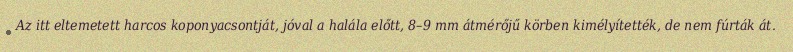
Az itt eltemetett harcos koponyacsontját, jóval a halála előtt, 8–9 mm átmérőjű körben kimélyítették, de nem fúrták át.